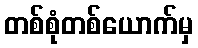
တစ်စုံတစ်ယောက်မှ